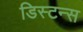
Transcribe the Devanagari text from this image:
डिस्टन्स